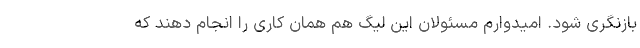
بازنگری شود. امیدوارم مسئولان این لیگ هم همان کاری را انجام دهند که